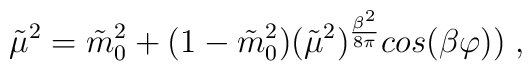
\tilde{\mu}^2=\tilde{m}_0^2+(1-\tilde{m}_0^2)(\tilde{\mu}^2)^      {{\frac {\beta^2}{8\pi}}}cos(\beta\varphi)) \;,